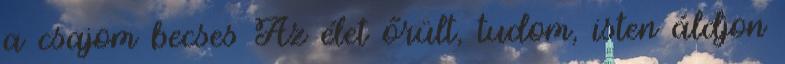
a csajom becses Az élet őrült, tudom, isten áldjon